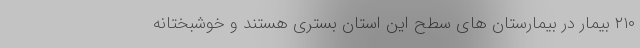
۲۱۰ بیمار در بیمارستان های سطح این استان بستری هستند و خوشبختانه